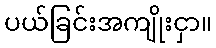
ပယ်ခြင်းအကျိုးငှာ။